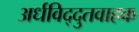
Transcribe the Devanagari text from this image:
अर्धविद्दुतवाहक